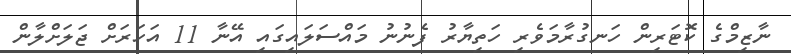
ނާޒިމްގެ ކޮޓަރިން ހަނގުރާމަވެރި ހަތިޔާރު ފެނުނު މައްސަލައިގައި އޭނާ 11 އަހަރަށް ޖަލަށްލާން